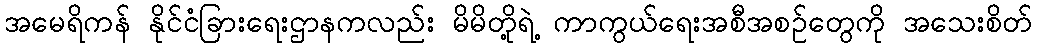
အမေရိကန် နိုင်ငံခြားရေးဌာနကလည်း မိမိတို့ရဲ့ ကာကွယ်ရေးအစီအစဉ်တွေကို အသေးစိတ်